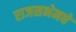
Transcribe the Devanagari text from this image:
राजसभेमधे